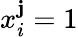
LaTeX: x_{i}^{\mathbf{j}}=1